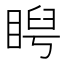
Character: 𥇩